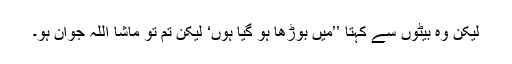
لیکن وہ بیٹوں سے کہتا ’’میں بوڑھا ہو گیا ہوں‘ لیکن تم تو ماشا اللہ جوان ہو۔